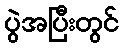
ပွဲအပြီးတွင်